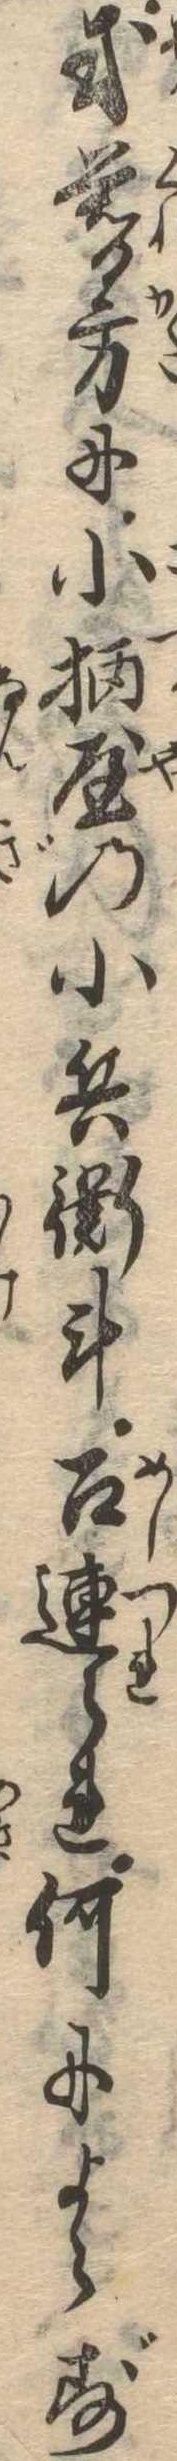
或暮方に小柄屋の小兵衛斗召連られ何によらず